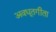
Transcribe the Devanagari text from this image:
अवधूतगीता